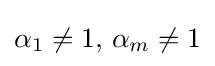
\alpha _{1}\neq 1,\,\alpha _{m}\neq 1